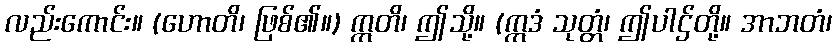
လည်းကောင်း။ (ဟောတိ၊ ဖြစ်၏။) ဣတိ၊ ဤသို့။ (ဣဒံ သုတ္တံ၊ ဤပါဌ်တို့။ အာဘတံ၊